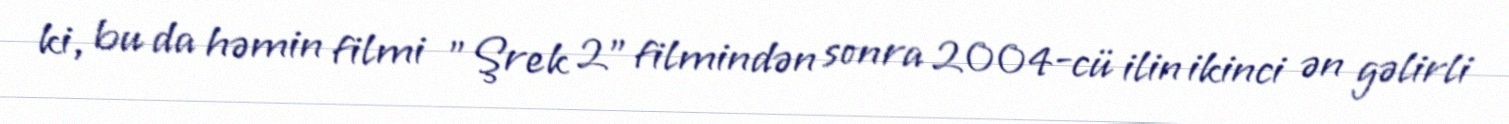
ki, bu da həmin filmi "Şrek 2" filmindən sonra 2004-cü ilin ikinci ən gəlirli